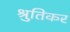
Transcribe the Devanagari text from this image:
श्रुतिकर